Leaving Certificate Examination, 1921
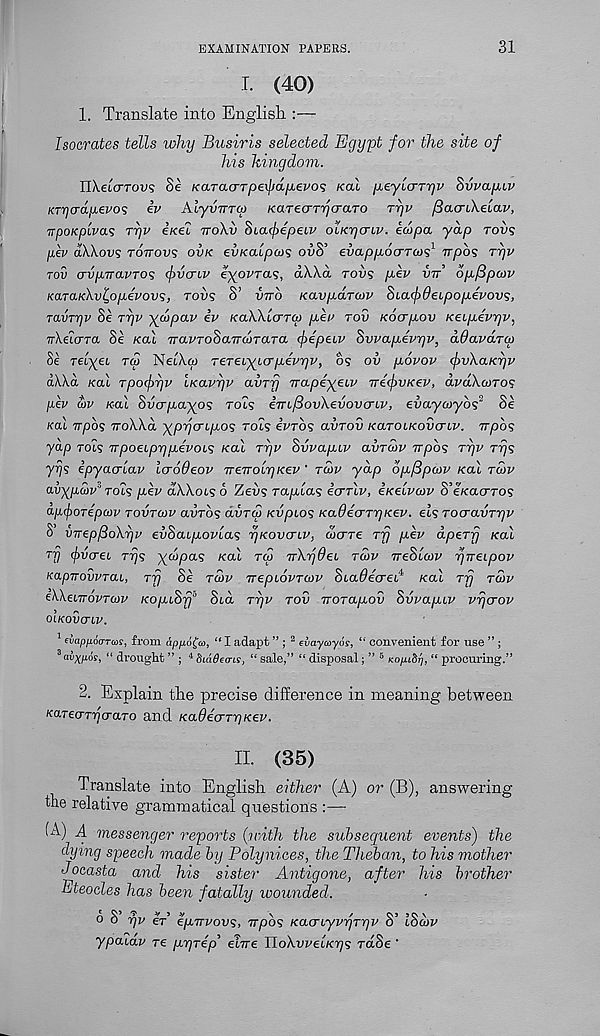
EXAMINATION PATERS.
31
I. (40)
1. Translate into English :—
Isocrates tells why Busiris selected Egypt for the site of
his kingdom.
HXe'icrTOVs Se KaraiTTp&fidjievos Kal jieyicTTrjv <yvvap.LV
Krf]adjj.evos iv hiyvTTTOj KaTeaTrjcraTO Trjv fiacriXeLav,
TrpoKpivas rrjv eKei ttoXv ^la^epeiv oLKrjcriv. ecopa, yap tov?
pev aWovs tottovs ovk evKalpovi owS’ evappocrToos 1 npo? ryv
tov crvpuavTO<; fvaiv eyovras, dXXa rous pev vn 6pf3pa>v
KaTaKXv^opLevovs, tovs S’ vito KavpaTcov §La(j)0eLpopevov<;,
TavTyv Se rrjv yaipav iv KaXXlcrTcp pev tov Kocrpov Keipevrjv,
TrXacrra Se Kal TravToSaTTcoTara fiptiv Svvapevgv, ddavaroy
Se relyEL tco NeDiw TeTeLyLcrpevr/v, os ov povov <f>vXaKrjv
a\\d Kal Tpocfyv LKavyv avrlj Trapeyeiv TT6(f>VKev, dvdXcoTOS
pev &>v Kal Svcrpayo'; tols eTTL/SovXevovcriv, evaycoybs 3 Se
Kal 7T|Oos ttoXXo. yprj<TLpo<; tol<; evros avrov KaTOLKovcriv. Trpbs
yap rois rrpoELprjpevois Kal rr/v Svvaptv avroiv wpos rqv Trjs
yrjs ipyacrlav laoOeov TTETTOLrjKev ' rdtv ydp bp/Spcov Kal t£>v
avypwv 9 xots pbv dWoLS 6 ZeDs Tapias ecttIv, iKelvcov S’eKacrros
ap<f>0Tepa)v tovtwv aiiTos avTcp Kvpios Ka6e(TTrpcev. els TocravTrjv
S VTrepfioXrjv evhaipovlas rjKovcriv, wcrre Tjj pev dpeTfj Kal
rjj (frvcrei Tys ydpas Kal t<2 TrXrjdeL to>v TreSlov pTreipov
KapnowTai, Trj Se toiv irepiovTcov SiaOecred Kal Trj tcov
eXXelttovtmv KopL^fj 0 Std Tyv tov TTOTapov Svvapcv vrjcrov
OIKOVUIV.
1 eiapfioa-rms, from apfiofa, “ I adapt ” ; 2 evayayos, “ convenient for use ” ;
3 av X p6s, “ drought ” ; 4 Siddems, “ sale,” “ disposal; ” 6 ko^iStj, “ procuring.”
2. Explain the precise difference in meaning between
KaTecrrncraTO and KaOecrTrjKev.
II. (35)
Translate into English either (A) or (B), answering
the relative grammatical questions :—
(A) A messenger reports (with the subsequent events) the
dying speech made by Polynices, the Theban, to his mother
Jocasta and his sister Antigone, after his brother
Eteocles has been fatally wounded.
b 8 rjv eV epirvovs, TTpbs KacrLyvyTyv S’ l8cov
ypaiav re pprep'" ehre TloXweLKys rctSe '